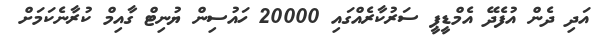
އަދި ދެން އުފެދޭ އެމްޑީޕީ ސަރުކާރެއްގައި 20000 ހައުސިން ޔުނިޓް ގާއިމް ކުރާނެކަމަށް